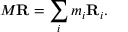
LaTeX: M \mathbf { R } = \sum _ { i } m _ { i } \mathbf { R } _ { i } .